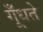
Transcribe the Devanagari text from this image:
गूँधते